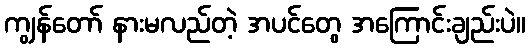
ကျွန်တော် နားမလည်တဲ့ အပင်တွေ အကြောင်းချည်းပဲ။